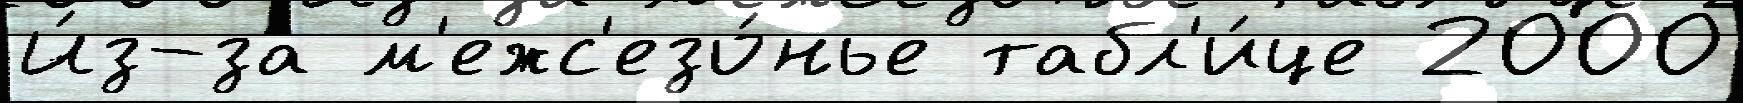
И́з-за м'ежс'езо́нье табл'и́це 2000